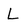
Character: L